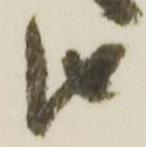
由